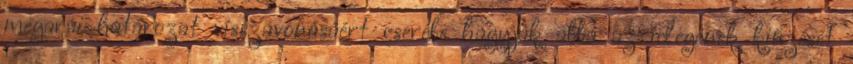
megarai határozat visszavonásáért cserébe hagyják abba az idegenek kiűzését